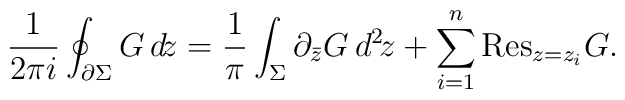
\frac{1}{2\pi i}\oint_{\partial\Sigma}G\,d\!z=\frac{1}{\pi}\int_{\Sigma}\partial_{\bar{z}} G\,d^2\!z+\sum_{i=1}^n{\rm Res}_{z= z_i}G.